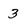
Character: 3